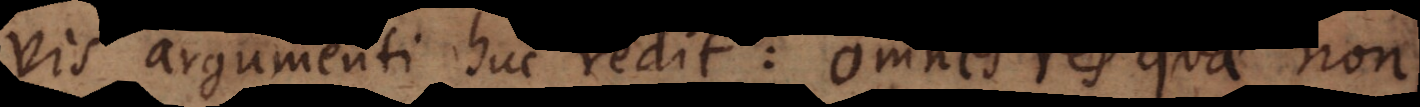
vis argumenti huc redit: omnes res quae non